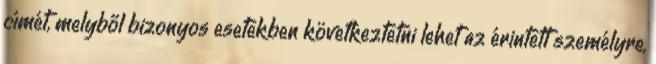
címét, melyből bizonyos esetekben következtetni lehet az érintett személyre,